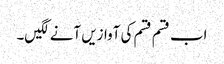
اب قسم قسم کی آوازیں آنے لگیں۔